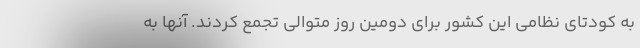
به کودتای نظامی این کشور برای دومین روز متوالی تجمع کردند. آنها به